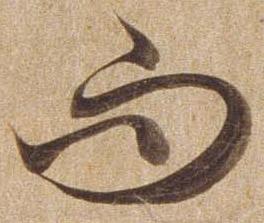
而